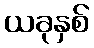
ယခုနှစ်